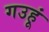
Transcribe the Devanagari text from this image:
गउहूं